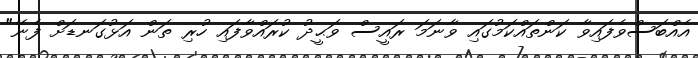
އެއްބަސްވެފައިވާ ކަންތައްކަމުގައި ވާނަމަ ރައީސް ވަޙީދު ކުރައްވާފައި ހުރި ތަން އަޅުގަނޑަށް ފެނޭ"